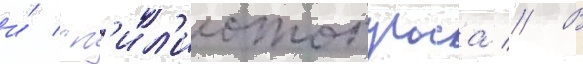
и́ сп'ил'иотопулоса // В